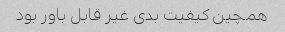
همچین کیفیت بدی غیر قابل باور بود